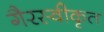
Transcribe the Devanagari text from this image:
गैरस्वीकृत